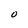
Character: O